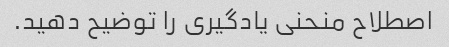
اصطلاح منحنی یادگیری را توضیح دهید.